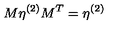
M \eta ^ { ( 2 ) } M ^ { T } = \eta ^ { ( 2 ) }